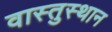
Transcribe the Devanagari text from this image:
वास्तुस्थान